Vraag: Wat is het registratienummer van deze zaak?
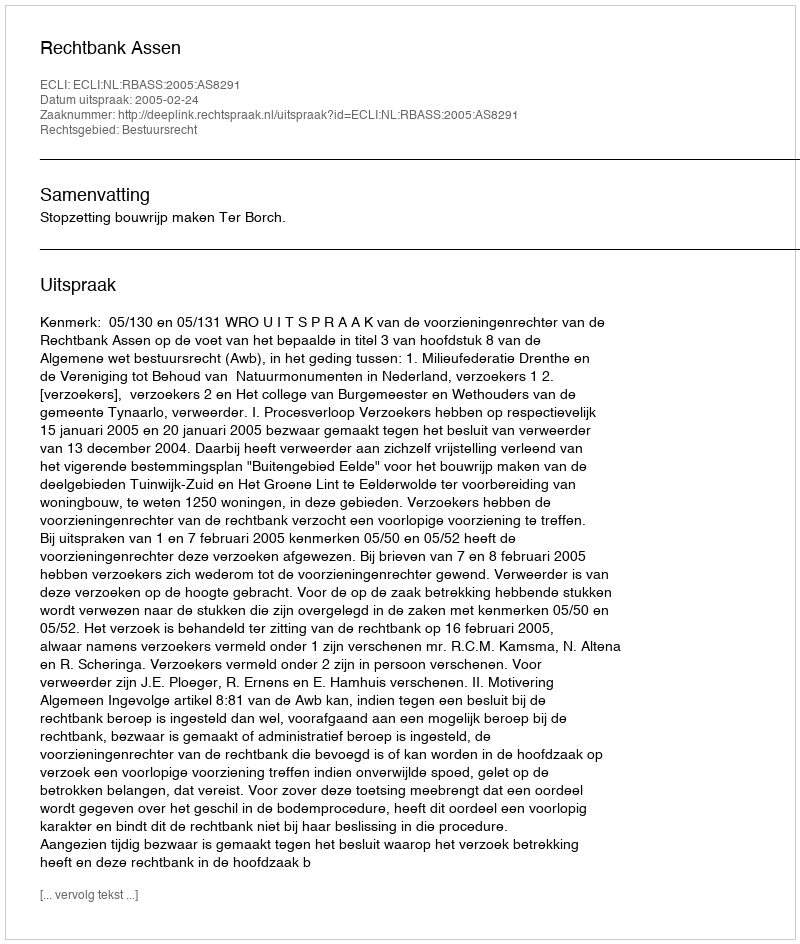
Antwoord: http://deeplink.rechtspraak.nl/uitspraak?id=ECLI:NL:RBASS:2005:AS8291